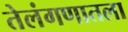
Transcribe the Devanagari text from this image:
तेलंगणातला